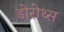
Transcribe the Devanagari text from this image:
डोरोथ्स